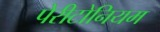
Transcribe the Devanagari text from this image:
पेरीटोनियम